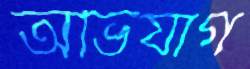
অভিযাগ